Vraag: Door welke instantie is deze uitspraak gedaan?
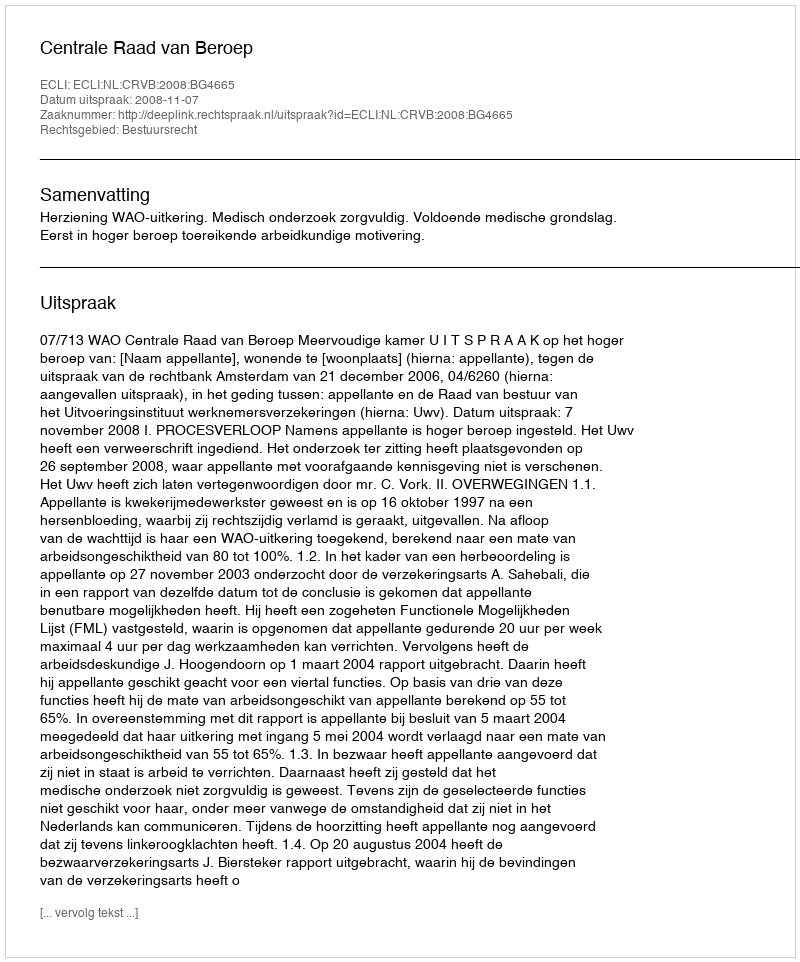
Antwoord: Centrale Raad van Beroep